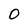
Character: 0